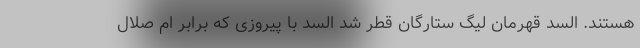
هستند. السد قهرمان لیگ ستارگان قطر شد السد با پیروزی که برابر ام صلال